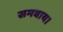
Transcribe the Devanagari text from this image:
समवाय।